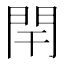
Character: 閈